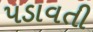
પડાવતી